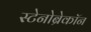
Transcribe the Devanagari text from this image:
स्टेनोब्रेकॉन